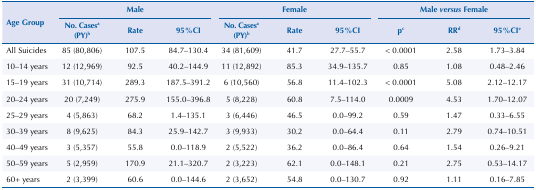
<table><thead><tr><td rowspan="2"><b>Age Group</b></td><td colspan="3"><b>Male</b></td><td colspan="3"><b>Female</b></td><td colspan="3"><b>Male <i>versus</i> Female</b></td></tr><tr><td><b>No. Casesa (PY)b</b></td><td><b>Rate</b></td><td><b>95%CI</b></td><td><b>No. Casesa (PY)b</b></td><td><b>Rate</b></td><td><b>95%CI</b></td><td><b>pc</b></td><td><b>RRd</b></td><td><b>95%CIe</b></td></tr></thead><tbody><tr><td>All Suicides</td><td>85 (80,806)</td><td>107.5</td><td>84.7-130.4</td><td>34 (81,609)</td><td>41.7</td><td>27.7-55.7</td><td>&lt; 0.0001</td><td>2.58</td><td>1.73-3.84</td></tr><tr><td>10-14 years</td><td>12 (12,969)</td><td>92.5</td><td>40.2-144.9</td><td>11 (12,892)</td><td>85.3</td><td>34.9-135.7</td><td>0.85</td><td>1.08</td><td>0.48-2.46</td></tr><tr><td>15-19 years</td><td>31 (10,714)</td><td>289.3</td><td>187.5-391.2</td><td>6 (10,560)</td><td>56.8</td><td>11.4-102.3</td><td>&lt; 0.0001</td><td>5.08</td><td>2.12-12.17</td></tr><tr><td>20-24 years</td><td>20 (7,249)</td><td>275.9</td><td>155.0-396.8</td><td>5 (8,228)</td><td>60.8</td><td>7.5-114.0</td><td>0.0009</td><td>4.53</td><td>1.70-12.07</td></tr><tr><td>25-29 years</td><td>4 (5,863)</td><td>68.2</td><td>1.4-135.1</td><td>3 (6,446)</td><td>46.5</td><td>0.0-99.2</td><td>0.59</td><td>1.47</td><td>0.33-6.55</td></tr><tr><td>30-39 years</td><td>8 (9,625)</td><td>84.3</td><td>25.9-142.7</td><td>3 (9,933)</td><td>30.2</td><td>0.0-64.4</td><td>0.11</td><td>2.79</td><td>0.74-10.51</td></tr><tr><td>40-49 years</td><td>3 (5,357)</td><td>55.8</td><td>0.0-118.9</td><td>2 (5,522)</td><td>36.2</td><td>0.0-86.4</td><td>0.64</td><td>1.54</td><td>0.26-9.21</td></tr><tr><td>50-59 years</td><td>5 (2,959)</td><td>170.9</td><td>21.1-320.7</td><td>2 (3,223)</td><td>62.1</td><td>0.0-148.1</td><td>0.21</td><td>2.75</td><td>0.53-14.17</td></tr><tr><td>60+ years</td><td>2 (3,399)</td><td>60.6</td><td>0.0-144.6</td><td>2 (3,652)</td><td>54.8</td><td>0.0-130.7</td><td>0.92</td><td>1.11</td><td>0.16-7.85</td></tr></tbody></table>